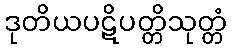
ဒုတိယပဋိပတ္တိသုတ္တံ